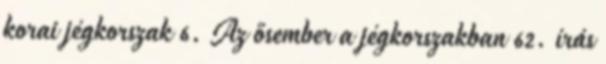
korai jégkorszak 6. Az ősember a jégkorszakban 62. írás